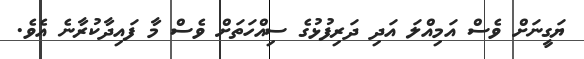
ޔަގީނަށް ވެސް އަމިއްލަ އަދި ދަރިފުޅުގެ ސިއްހަތަށް ވެސް މާ ފައިދާކުރާނެ އެވެ.